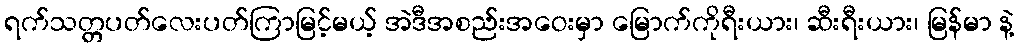
ရက်သတ္တပတ်လေးပတ်ကြာမြင့်မယ့် အဲဒီအစည်းအဝေးမှာ မြောက်ကိုရီးယား၊ ဆီးရီးယား၊ မြန်မာ နဲ့